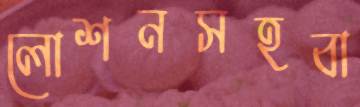
লোশনসহবা